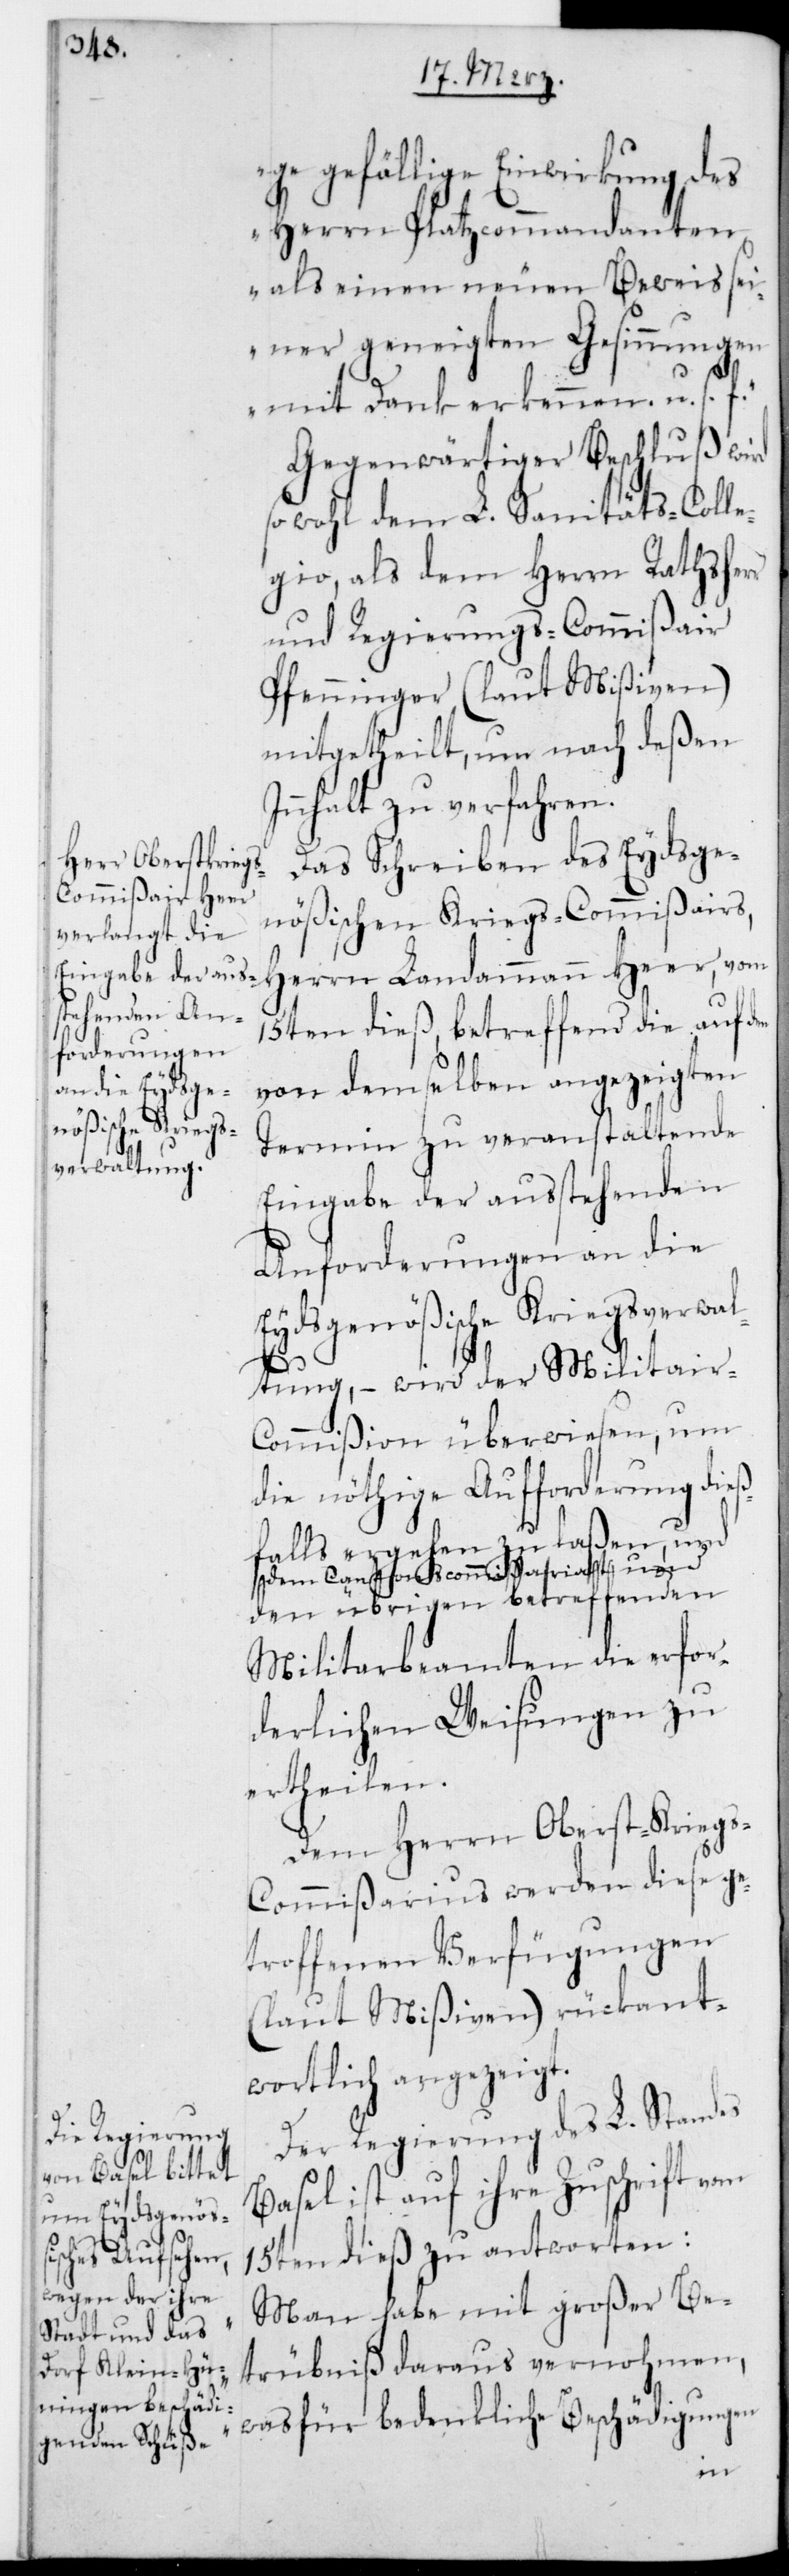
gefällige Einwirkung des
Herrn Platzkommandanten
als einen neuen Beweis sei¬
ner geneigten Gesinnungen
mit Dank erkennen, u. s. f.“
Gegenwärtiger Beschluß wird
sowohl dem L. Sanitäts-Colle¬
gio als dem Herrn Rathsher¬
und Regierungscommißair
Pfenninger (laut Mißiven)
mitgetheilt, um nach deßen
Innhalt zu verfahren.
Das Schreiben des Eydsge¬
nößischen Kriegscommißairs,
Herrn Landammann Heer, vom
15ten dieß, betreffend die auf d¬
von demselben angezeigten
Termin zu veranstaltende
Eingabe der außtehenden
Anforderungen an die
Eydsgenößische Kriegsverwa¬
ltung, – wird der Militar-C¬
ommißion überwiesen, um
die nöthige Aufforderung dieß¬
falls ergehen zu laßen, und
dem Cantonscommißariat und
den übrigen betreffenden
Militairbeamten die erfor¬
derlichen Weisungen zu
ertheilen.
Dem Herrn Oberst-Kriegs¬
commißarius werden diese ge¬
troffenen Verfügungen
(laut Mißiven) rückant¬
wortlich angezeigt.
Der Regierung des L. Standes
Basel ist auf ihre Zuschrift vom
15ten dieß zu antworten:
„Man habe mit großer Be¬
trübniß daraus vernommen,
was für bedenkliche Beschädigungen
en